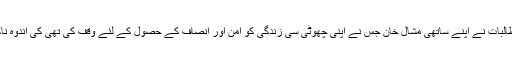
اس تقریب میں طلبہ و طالبات نے اپنے ساتھی مشال خان جس نے اپنی چھوٹی سی زندگی کو امن اور انصاف کے حصول کے لئے وقف کی تھی کی اندوہ ناک موت کا غم منانا تھا۔